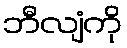
ဘီလျံကို